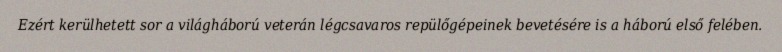
Ezért kerülhetett sor a világháború veterán légcsavaros repülőgépeinek bevetésére is a háború első felében.